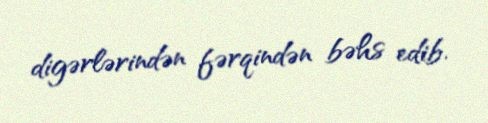
digərlərindən fərqindən bəhs edib.